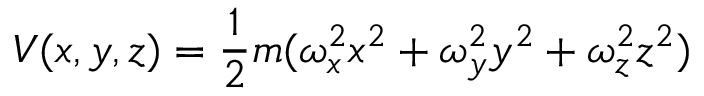
V ( x , y , z ) = \frac { 1 } { 2 } m ( \omega _ { x } ^ { 2 } x ^ { 2 } + \omega _ { y } ^ { 2 } y ^ { 2 } + \omega _ { z } ^ { 2 } z ^ { 2 } )